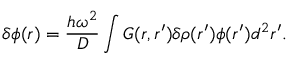
\delta \phi ( \boldsymbol { r } ) = \frac { h \omega ^ { 2 } } { D } \int G ( \boldsymbol { r } , \boldsymbol { r ^ { \prime } } ) \delta \rho ( \boldsymbol { r ^ { \prime } } ) \phi ( \boldsymbol { r ^ { \prime } } ) d ^ { 2 } \boldsymbol { r ^ { \prime } } .